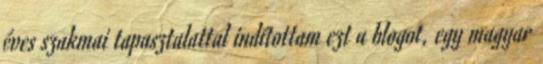
éves szakmai tapasztalattal indítottam ezt a blogot, egy magyar